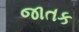
જાતક